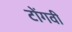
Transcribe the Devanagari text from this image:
टोंगवी